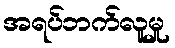
အရပ်ဘက်လူမှု